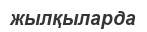
жылқыларда